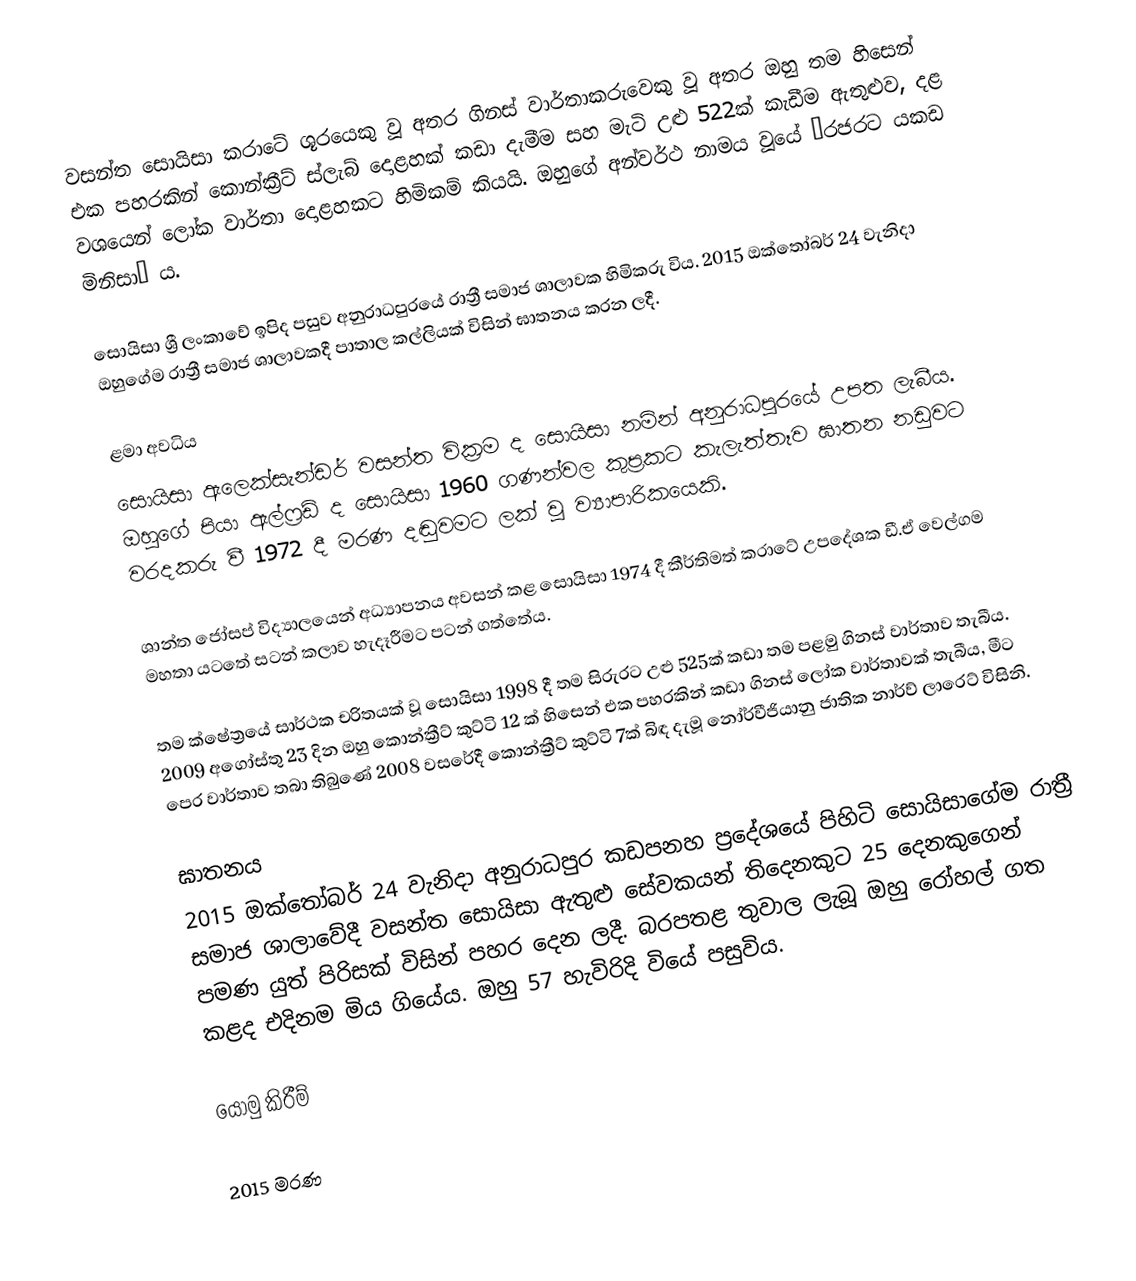
වසන්ත සොයිසා කරාටේ ශූරයෙකු වූ අතර ගිනස් වාර්තාකරුවෙකු වූ අතර ඔහු තම හිසෙන් එක පහරකින් කොන්ක්‍රීට් ස්ලැබ් දොළහක් කඩා දැමීම සහ මැටි උළු 522ක් කැඩීම ඇතුළුව, දළ වශයෙන් ලෝක වාර්තා දොළහකට හිමිකම් කියයි. ඔහුගේ අන්වර්ථ නාමය වූයේ ‘රජරට යකඩ මිනිසා’ ය.

සොයිසා ශ්‍රී ලංකාවේ ඉපිද පසුව අනුරාධපුරයේ රාත්‍රී සමාජ ශාලාවක හිමිකරු විය. 2015 ඔක්‌තෝබර් 24 වැනිදා ඔහුගේම රාත්‍රී සමාජ ශාලාවකදී පාතාල කල්ලියක්‌ විසින් ඝාතනය කරන ලදී.

ළමා අවධිය
සොයිසා ඇලෙක්සැන්ඩර් වසන්ත වික්‍රම ද සොයිසා නමින් අනුරාධපුරයේ උපත ලැබීය. ඔහුගේ පියා ඇල්ෆ්‍රඩ් ද සොයිසා 1960 ගණන්වල කුප්‍රකට කැලැත්තෑව ඝාතන නඩුවට වරදකරු වී 1972 දී මරණ දඬුවමට ලක් වූ ව්‍යාපාරිකයෙකි.

ශාන්ත ජෝසප් විද්‍යාලයෙන් අධ්‍යාපනය අවසන් කළ සොයිසා 1974 දී කීර්තිමත් කරාටේ උපදේශක ඩී.ඒ වෙල්ගම මහතා යටතේ සටන් කලාව හැදෑරීමට පටන් ගත්තේය.

තම ක්ෂේත්‍රයේ සාර්ථක චරිතයක් වූ සොයිසා 1998 දී තම සිරුරට උළු 525ක් කඩා තම පළමු ගිනස් වාර්තාව තැබීය. 2009 අගෝස්තු 23 දින ඔහු කොන්ක්‍රීට් කුට්ටි 12 ක් හිසෙන් එක පහරකින් කඩා ගිනස් ලෝක වාර්තාවක් තැබීය, මීට පෙර වාර්තාව තබා තිබුණේ 2008 වසරේදී කොන්ක්‍රීට් කුට්ටි 7ක් බිඳ දැමූ නෝර්වීජියානු ජාතික නාර්ව් ලාරෙට් විසිනි.

ඝාතනය
2015 ඔක්‌තෝබර් 24 වැනිදා අනුරාධපුර කඩපනහ ප්‍රදේශයේ පිහිටි සොයිසාගේම රාත්‍රී සමාජ ශාලාවේදී වසන්ත සොයිසා ඇතුළු සේවකයන් තිදෙනකුට 25 දෙනකුගෙන් පමණ යුත් පිරිසක් විසින් පහර දෙන ලදී. බරපතළ තුවාල ලැබූ ඔහු රෝහල් ගත කළද එදිනම මිය ගියේය. ඔහු 57 හැවිරිදි වියේ පසුවිය.

යොමු කිරීම්

2015 මරණ